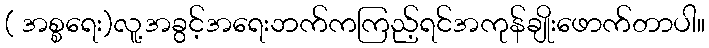
( အစ္စရေး)လူ့အခွင့်အရေးဘက်ကကြည့်ရင်အကုန်ချိုးဖောက်တာပါ။